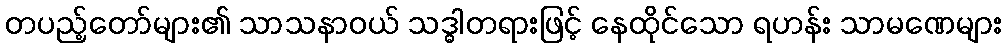
တပည့်တော်များ၏ သာသနာဝယ် သဒ္ဓါတရားဖြင့် နေထိုင်သော ရဟန်း သာမဏေများ